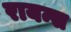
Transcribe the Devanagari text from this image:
रायन्स